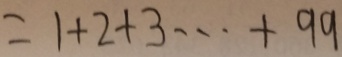
= 1 + 2 + 3 \cdots + 9 9